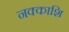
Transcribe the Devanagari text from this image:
नक्काशि